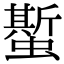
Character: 蟴